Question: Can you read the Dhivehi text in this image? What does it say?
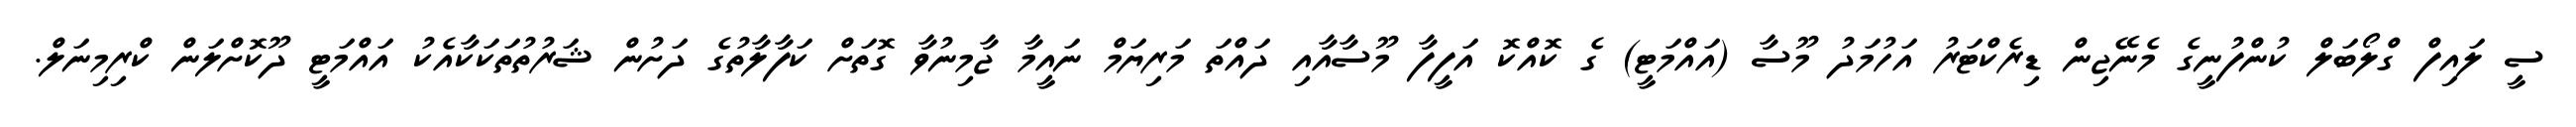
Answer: ސީ ލައިފް ގްލޯބަލް ކުންފުނީގެ މެނޭޖިން ޑިރެކްޓަރު އަހުމަދު މޫސާ (އައްމަޓީ) ގެ ކޮއްކޮ އަފީފާ މޫސާއާއި ދައްތަ މަރިޔަމް ނައީމާ ޖާމިނުވާ ގޮތަށް ކަފާލާތުގެ ދަށުން ޝަރުތުތަކަކާއެކު އައްމަޓީ ދޫކޮށްލަން ކްރިމިނަލް.